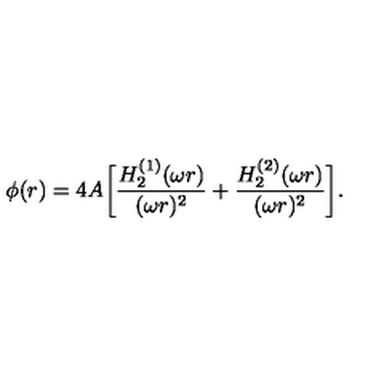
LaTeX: \phi ( r ) = 4 A \biggl [ { \frac { H _ { 2 } ^ { ( 1 ) } ( \omega r ) } { ( \omega r ) ^ { 2 } } } + { \frac { H _ { 2 } ^ { ( 2 ) } ( \omega r ) } { ( \omega r ) ^ { 2 } } } \biggr ] .